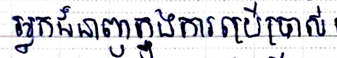
អ្នកជំនាញក្នុងការប្រើប្រាស់